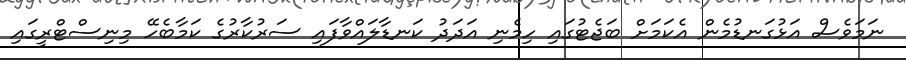
ނަމަވެސް އަޅުގަނޑުމެން އެކަމަށް ބަޖެޓުގައި ހިމެނި އަދަދު ކަނޑާލައްވާފައި ސަރުކާރުގެ ކަމާބެހޭ މިނިސްޓްރީގައި